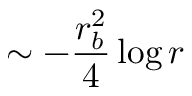
\sim - \frac { r _ { b } ^ { 2 } } { 4 } \log r